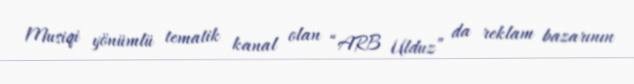
Musiqi yönümlü tematik kanal olan “ARB Ulduz” da reklam bazarının